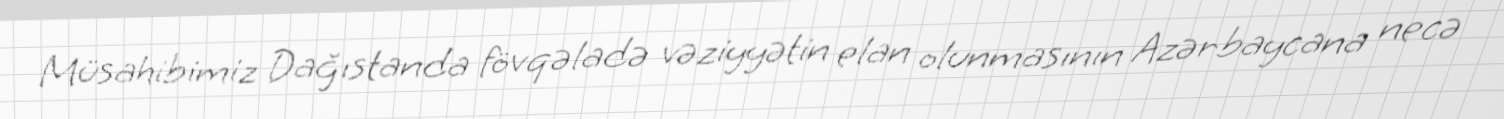
Müsahibimiz Dağıstanda fövqəladə vəziyyətin elan olunmasının Azərbaycana necə